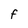
Character: f